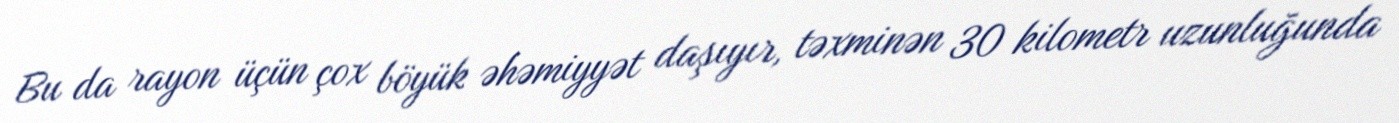
Bu da rayon üçün çox böyük əhəmiyyət daşıyır, təxminən 30 kilometr uzunluğunda